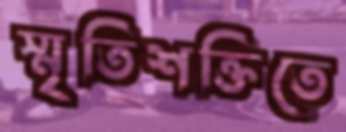
স্মৃতিশক্তিতে